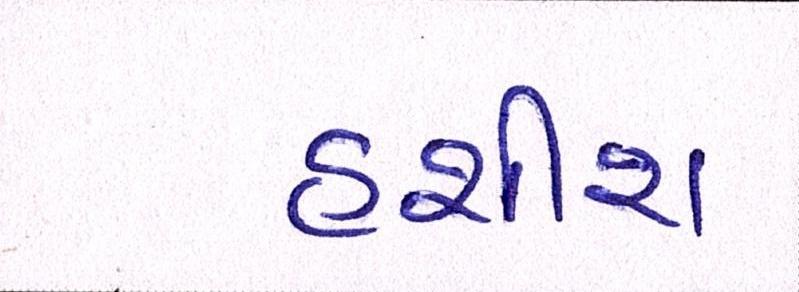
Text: હશીશ